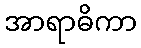
အာရာဓိကာ